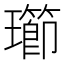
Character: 𱯽